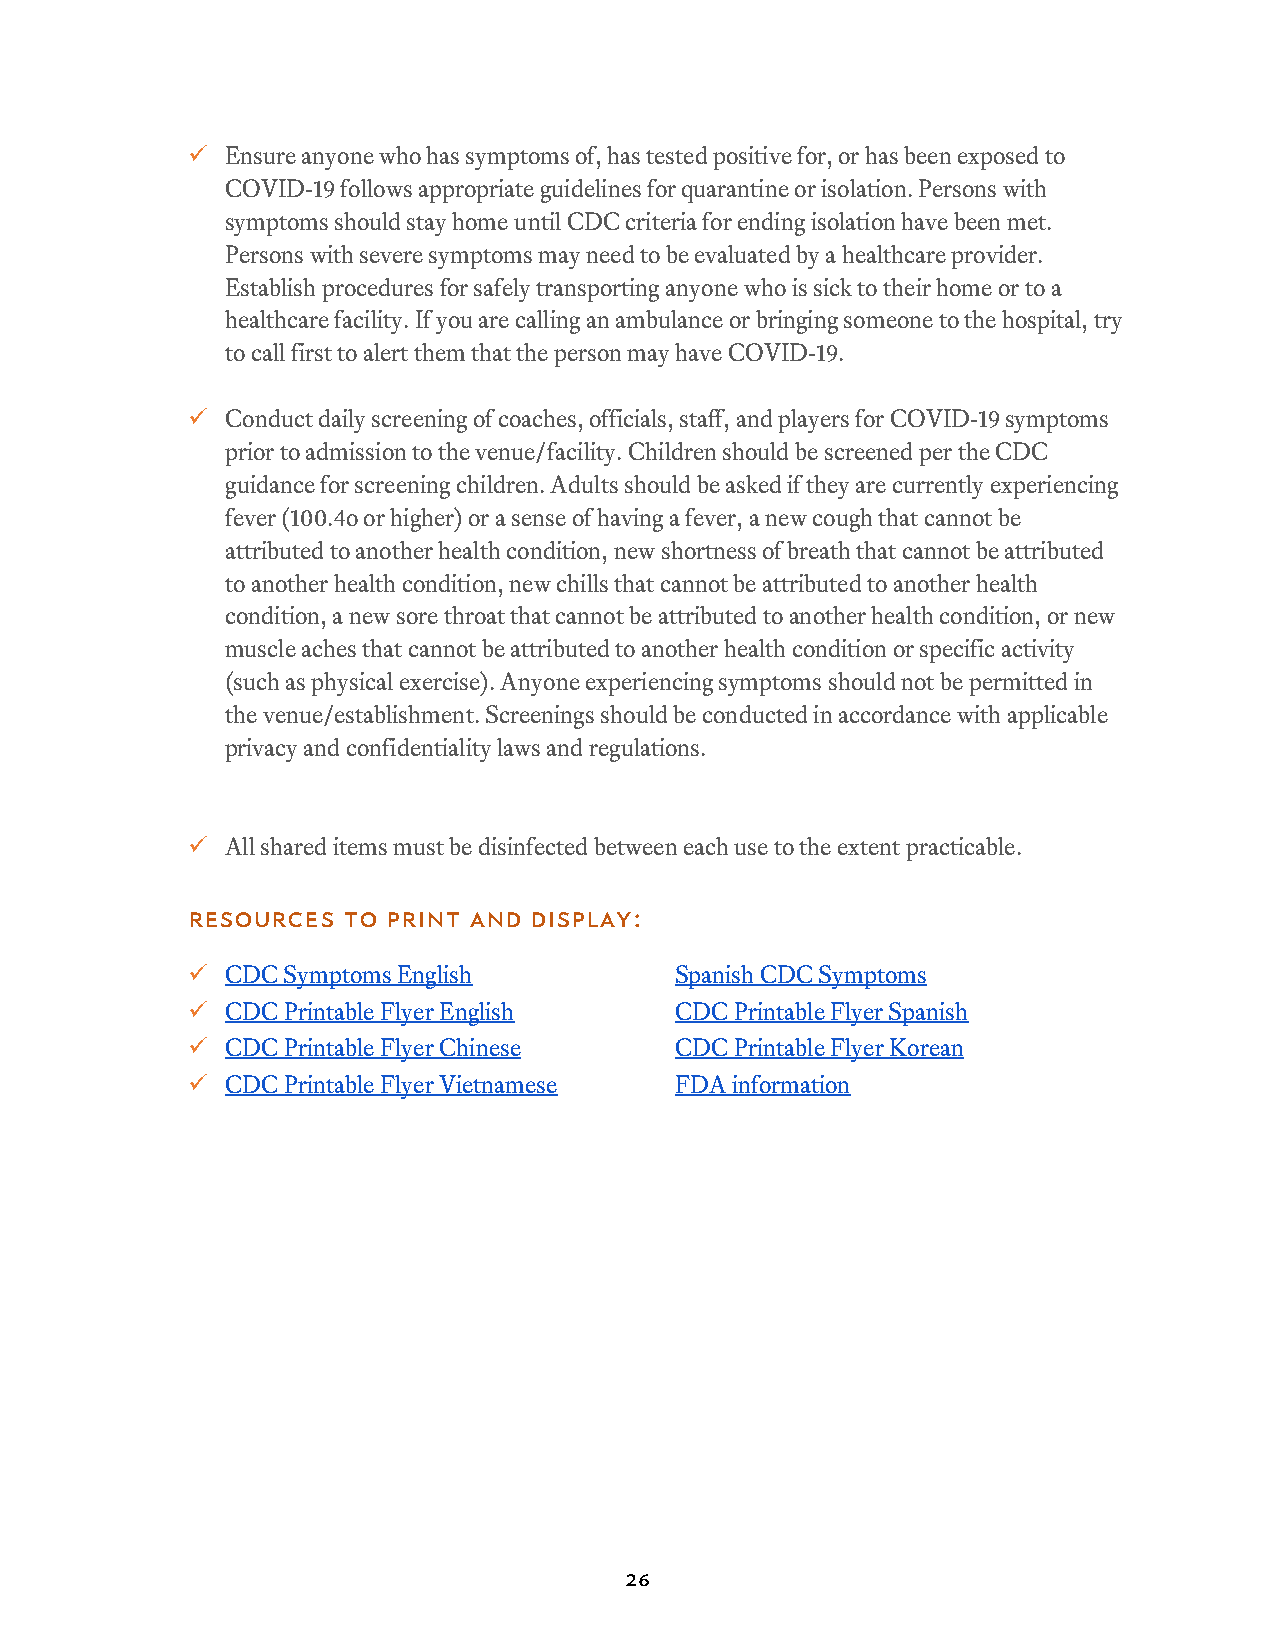
  Ensure anyone who has symptoms of, has tested positive for, or has been exposed to
 COVID-19 follows appropriate guidelines for quarantine or isolation. Persons with
 symptoms should stay home until CDC criteria for ending isolation have been met.
 Persons with severe symptoms may need to be evaluated by a healthcare provider.
 Establish procedures for safely transporting anyone who is sick to their home or to a
 healthcare facility. If you are calling an ambulance or bringing someone to the hospital, try
 to call first to alert them that the person may have COVID-19.
   Conduct daily screening of coaches, officials, staff, and players for COVID-19 symptoms
 prior to admission to the venue/facility. Children should be screened per the CDC
 guidance for screening children. Adults should be asked if they are currently experiencing
 fever (100.4o or higher) or a sense of having a fever, a new cough that cannot be
 attributed to another health condition, new shortness of breath that cannot be attributed
 to another health condition, new chills that cannot be attributed to another health
 condition, a new sore throat that cannot be attributed to another health condition, or new
 muscle aches that cannot be attributed to another health condition or specific activity
 (such as physical exercise). Anyone experiencing symptoms should not be permitted in
 the venue/establishment. Screenings should be conducted in accordance with applicable
 privacy and confidentiality laws and regulations.
   All shared items must be disinfected between each use to the extent practicable.
 Resources  to print and display:
   CDC Symptoms English          Spanish CDC Symptoms
   CDC Printable Flyer English   CDC Printable Flyer Spanish
   CDC Printable Flyer Chinese   CDC Printable Flyer Korean
   CDC Printable Flyer Vietnamese FDA information
 26